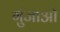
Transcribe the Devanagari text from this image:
गुंजाओ